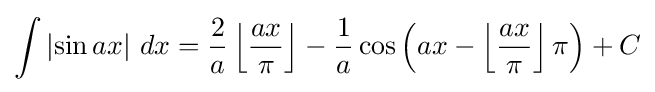
\int \left|\sin {ax}\right|\,dx={2 \over a}\left\lfloor {\frac {ax}{\pi }}\right\rfloor -{1 \over a}\cos {\left(ax-\left\lfloor {\frac {ax}{\pi }}\right\rfloor \pi \right)}+C